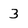
Character: 3